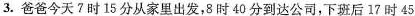
3.爸爸今天?时15分从家里出发，8时40分到达公司，下班后17时45